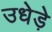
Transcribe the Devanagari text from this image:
उधेड़े